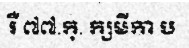
រឺ ៧៧.ក្. ក្សមីកា ប